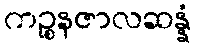
ကဉ္စနဇာလဆန္နံ